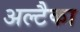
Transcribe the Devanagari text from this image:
अल्टैका